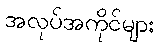
အလုပ်အကိုင်များ